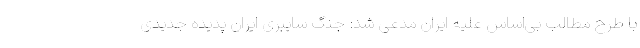
با طرح مطالب بی‌اساس علیه ایران مدعی شد: جنگ سایبری ایران پدیده جدیدی